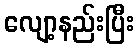
လျော့နည်းပြီး